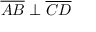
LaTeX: { \overline { { A B } } } \perp { \overline { { C D } } }